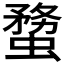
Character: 𧎻